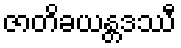
ဇာတိခယန္တဒဿီ